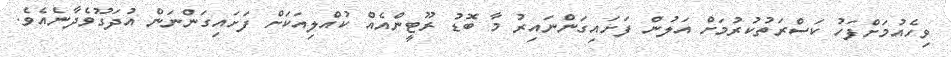
ވިހެއުމަށްފަހު ކަސްރަތުކުރުމަށް އަލުން ފަށައިގަންނައިރު މާ ބޮޑު ރޫޓީންއެއް ކުއްލިއަކަށް ފަށައިގަންނަން އުދަގޫވެދާނެއެވެ.